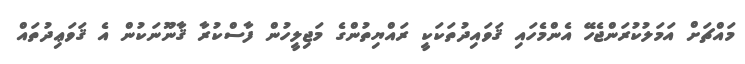
މައްޗަށް އަމަލުކުރަންޖެހޭ އެންމެހައި ޤަވައިދުތަކަކީ ރައްޔިތުންގެ މަޖިލީހުން ފާސްކުރާ ޤާނޫނަކުން އެ ޤަވަޢިދުތައް